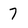
Character: 7